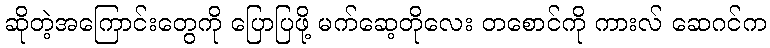
ဆိုတဲ့အကြောင်းတွေကို ပြောပြဖို့ မက်ဆေ့တိုလေး တစောင်ကို ကားလ် ဆေဂင်က